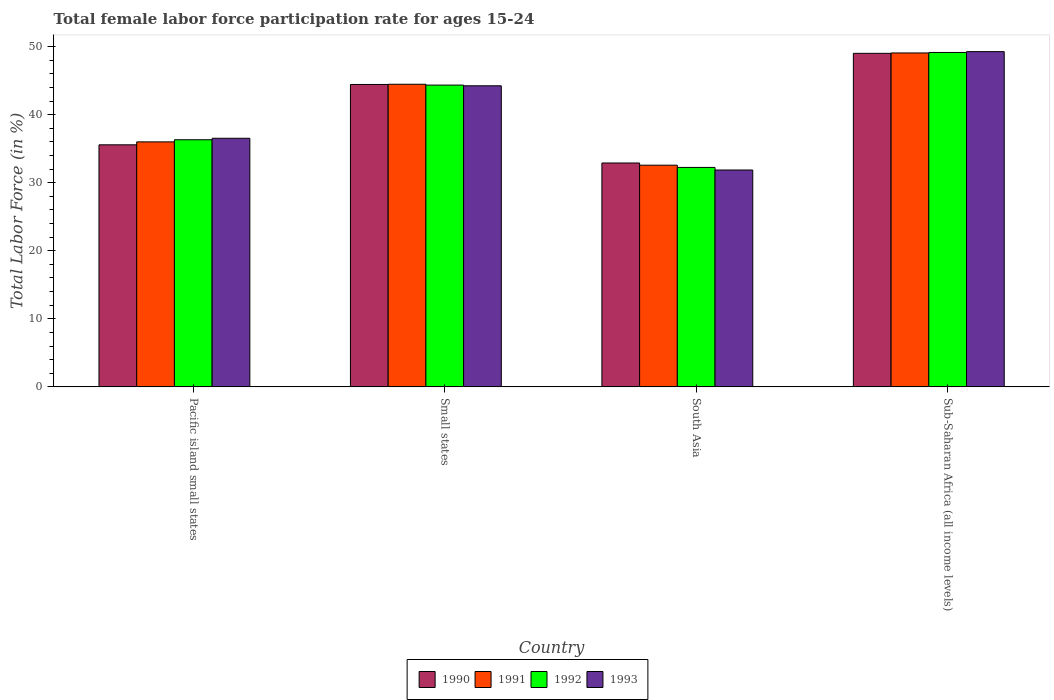
| Country | 1990 | 1991 | 1992 | 1993 |
 | --- | --- | --- | --- | --- |
 | Pacific island small states | 35.6 | 36 | 36.3 | 36.5 |
 | Small states | 44.4 | 44.5 | 44.3 | 44.2 |
 | South Asia | 32.9 | 32.6 | 32.2 | 31.9 |
 | Sub-Saharan Africa (all income levels) | 49 | 49.1 | 49.1 | 49.3 |